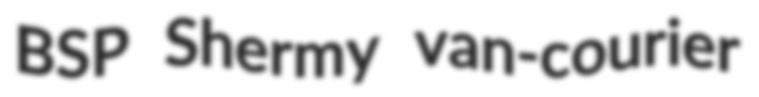
BSP Shermy van-courier